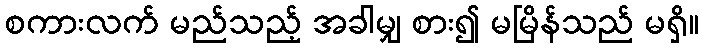
စကားလက် မည်သည့် အခါမျှ စား၍ မမြိန်သည် မရှိ။